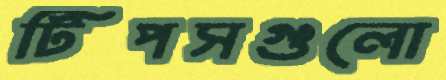
টিপসগুলো